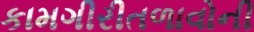
કામગીરીતળાવોની